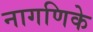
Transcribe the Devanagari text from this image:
नागणिके